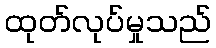
ထုတ်လုပ်မှုသည်